画像に写った文字を読んでください
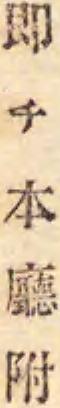
「即チ本廳附」と書いてあります